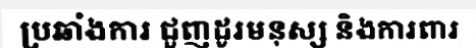
ប្រឆាំងការ ជួញដូរមនុស្ស និងការពារ